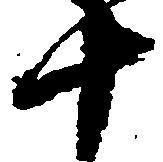
十